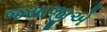
જસાજીએ